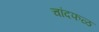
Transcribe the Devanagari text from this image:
चांदफळ